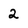
Character: 2